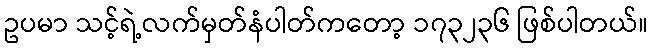
ဥပမာ သင့်ရဲ့လက်မှတ်နံပါတ်ကတော့ ၁၇၃၂၃၆ ဖြစ်ပါတယ်။